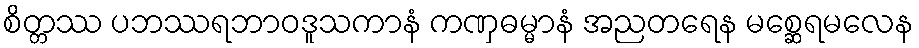
စိတ္တဿ ပဘဿရဘာဝဒူသကာနံ ကဏှဓမ္မာနံ အညတရေန မစ္ဆေရမလေန